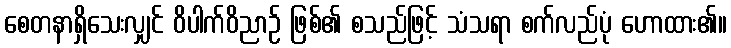
စေတနာရှိသေးလျှင် ဝိပါက်ဝိညာဉ် ဖြစ်၏ စသည်ဖြင့် သံသရာ စက်လည်ပုံ ဟောထား၏။